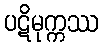
ပဋိမုက္ကဿ